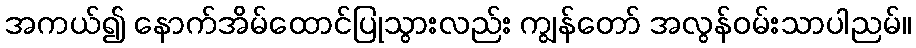
အကယ်၍ နောက်အိမ်ထောင်ပြုသွားလည်း ကျွန်တော် အလွန်ဝမ်းသာပါညမ်။